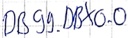
Text: DB99.DBX0.0